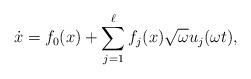
LaTeX: \begin{align*} \dot x=f_0(x)+\sum_{j=1}^\ell f_j(x){\sqrt\omega} u_j({\omega} t),\end{align*}